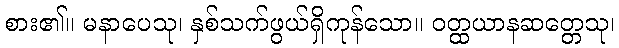
စား၏။ မနာပေသု၊ နှစ်သက်ဖွယ်ရှိကုန်သော။ ဝတ္ထယာနဆတ္တေသု၊